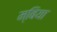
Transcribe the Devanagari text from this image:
म्बिया